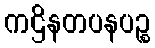
ကဌိနတပနပဉ္စ